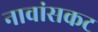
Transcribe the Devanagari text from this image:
नावांसकट